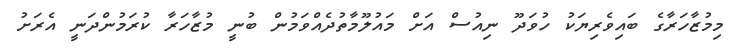
މިމުޒާހަރާގެ ބައިވެރިޔަކު ހުވަދޫ ނިއުސް އަށް މައުލޫމާތުދެއްވަމުން ބުނީ މުޒާހަރާ ކުރަމުންދަނީ އެރަށު